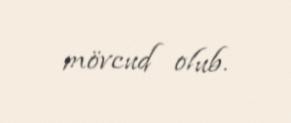
mövcud olub.